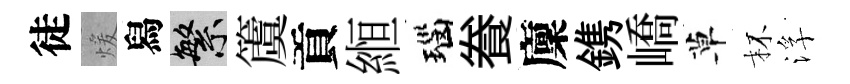
徒煖舄繁𥵂貢縆瑙飬廩鎸嶠草杯浮